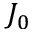
J _ { 0 }